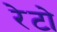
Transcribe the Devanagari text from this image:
रेटो